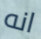
انه